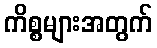
ကိစ္စများအတွက်